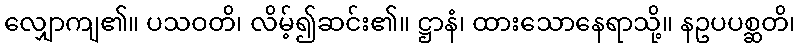
လျှောကျ၏။ ပသဝတိ၊ လိမ့်၍ဆင်း၏။ ဋ္ဌာနံ၊ ထားသောနေရာသို့။ နဥပပစ္ဆတိ၊